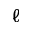
\ell